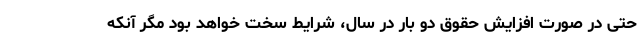
حتی در صورت افزایش حقوق دو بار در سال، شرایط سخت خواهد بود مگر آنکه